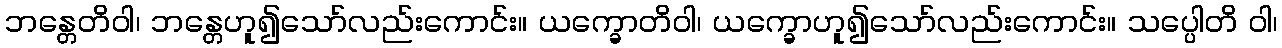
ဘန္တေတိဝါ၊ ဘန္တေဟူ၍သော်လည်းကောင်း။ ယက္ခောတိဝါ၊ ယက္ခောဟူ၍သော်လည်းကောင်း။ သပ္ပေါတိ ဝါ၊